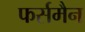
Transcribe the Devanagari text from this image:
फर्समैन